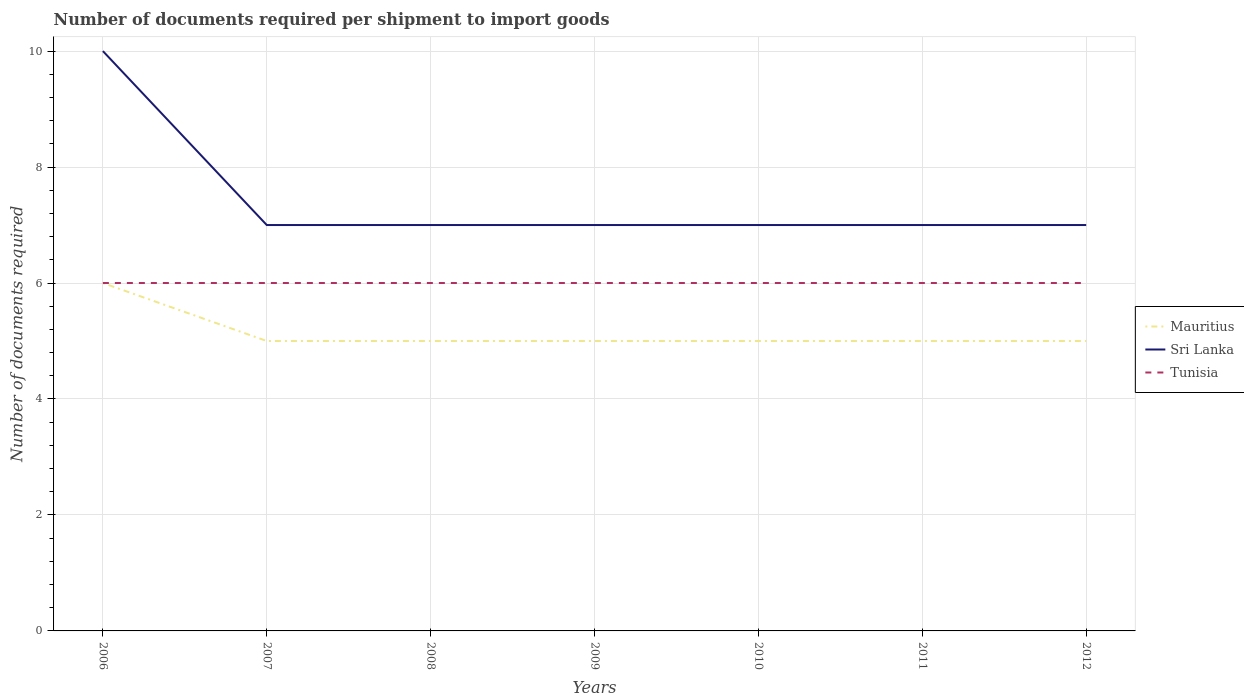
| Years | Mauritius | Sri Lanka | Tunisia |
 | --- | --- | --- | --- |
 | 2006 | 6 | 10 | 6 |
 | 2007 | 5 | 7 | 6 |
 | 2008 | 5 | 7 | 6 |
 | 2009 | 5 | 7 | 6 |
 | 2010 | 5 | 7 | 6 |
 | 2011 | 5 | 7 | 6 |
 | 2012 | 5 | 7 | 6 |